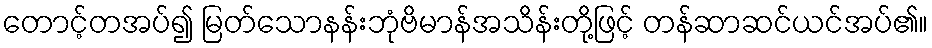
တောင့်တအပ်၍ မြတ်သောနန်းဘုံဗိမာန်အသိန်းတို့ဖြင့် တန်ဆာဆင်ယင်အပ်၏။